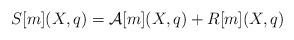
\begin{align*}S[m](X,q)=\mathcal{A}[m](X,q)+R[m](X,q)\end{align*}